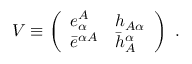
{ \cal V } \equiv \left( \begin{array} { l l } { { e _ { \alpha } ^ { A } } } & { { h _ { A \alpha } } } \\ { { \bar { e } ^ { \alpha A } } } & { { \bar { h } _ { A } ^ { \alpha } } } \end{array} \right) \ .